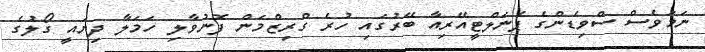
ނަމަވެސް ސްވިޑެންގެ ޕެނަލްޓީއޭރިއާ ބޭރުގައި ހުރެ ގްރިޒްމަން ފޮނުވާލި ހަމަލާ ދިޔައީ ގޯލުގެ